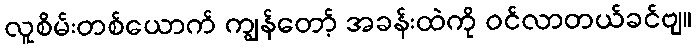
လူစိမ်းတစ်ယောက် ကျွန်တော့် အခန်းထဲကို ဝင်လာတယ်ခင်ဗျ။